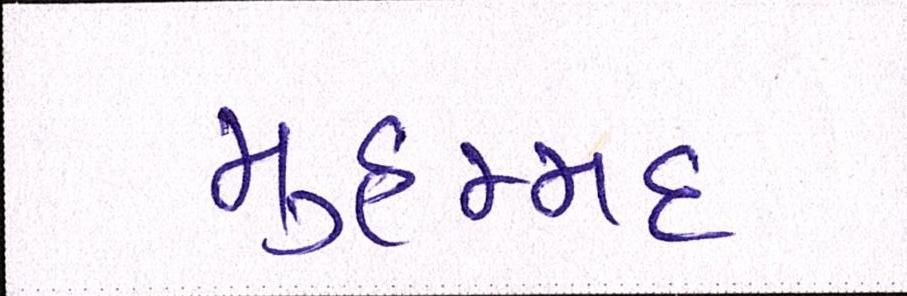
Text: મુહમ્મદ